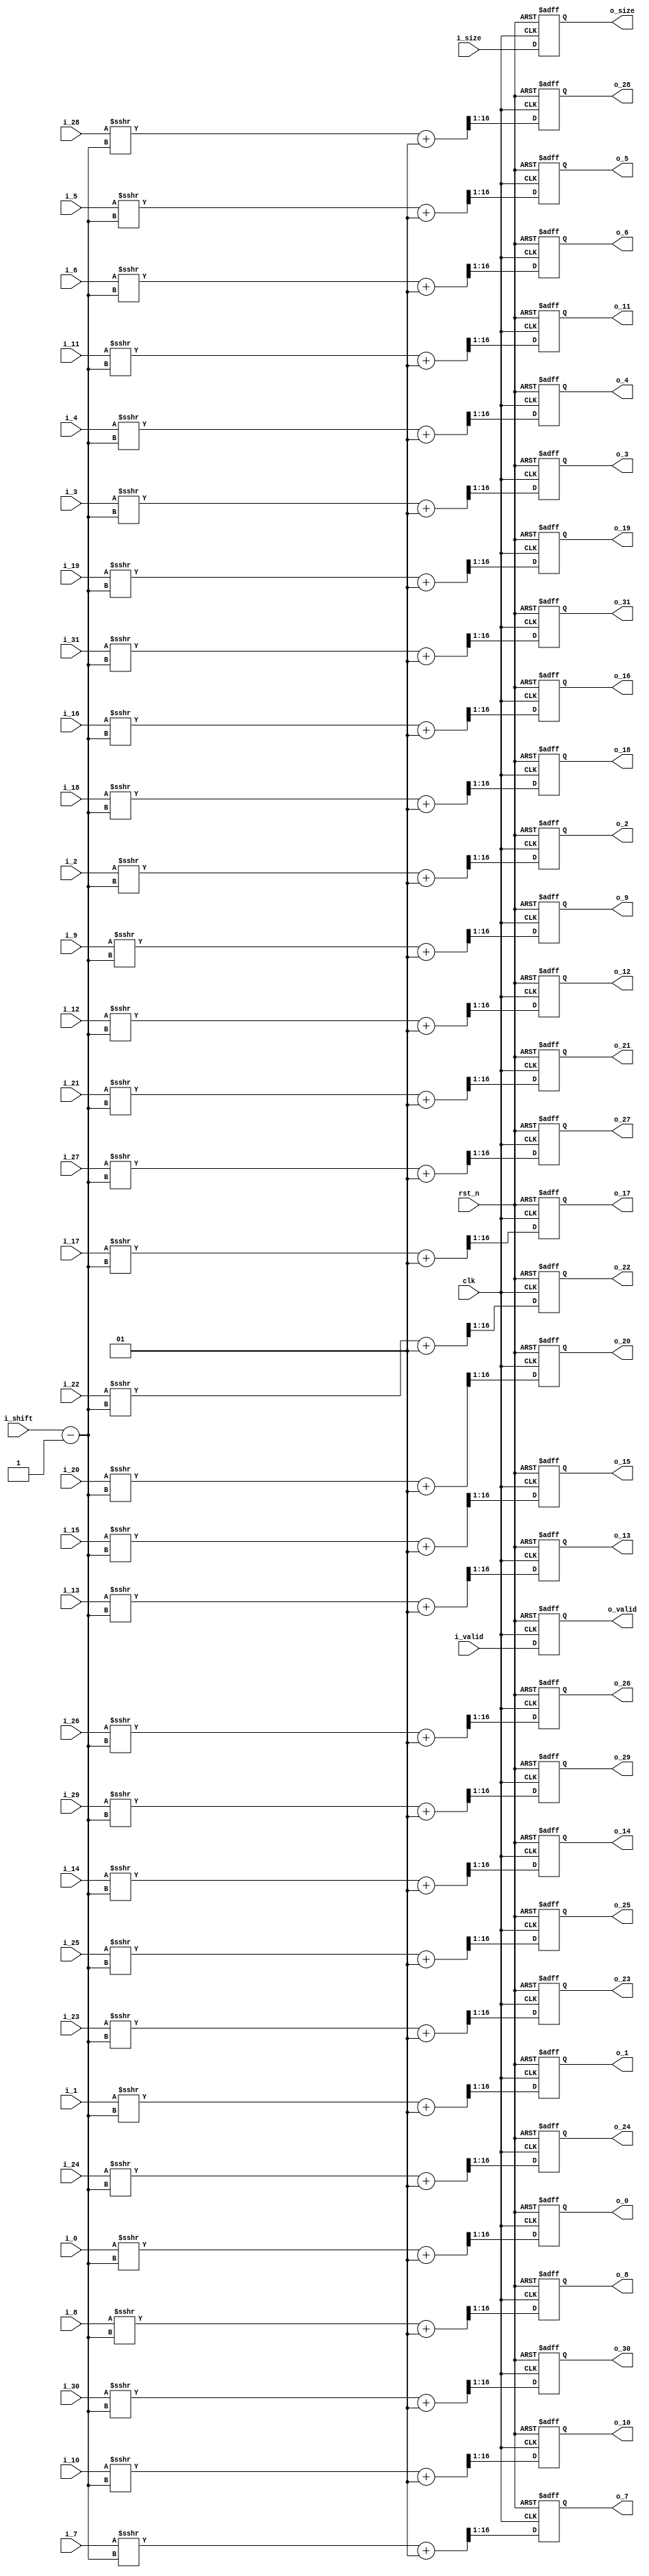
//describe  : 16
//input     : 32,
//output    : 32
//delay     : 1 clk
module right_shift#(
    parameter IN_WIDTH  = 28,
    parameter OUT_WIDTH = 16
)
(
//system input
    input                                   clk     ,
    input                                   rst_n   ,
//input parameter
    input               [3 : 0]             i_shift ,
    input               [2 : 0]             i_size  ,
//input pre_coeff
    input                                   i_valid ,
    input       signed  [IN_WIDTH - 1 : 0]  i_0     ,
    input       signed  [IN_WIDTH - 1 : 0]  i_1     ,
    input       signed  [IN_WIDTH - 1 : 0]  i_2     ,
    input       signed  [IN_WIDTH - 1 : 0]  i_3     ,
    input       signed  [IN_WIDTH - 1 : 0]  i_4     ,
    input       signed  [IN_WIDTH - 1 : 0]  i_5     ,
    input       signed  [IN_WIDTH - 1 : 0]  i_6     ,
    input       signed  [IN_WIDTH - 1 : 0]  i_7     ,
    input       signed  [IN_WIDTH - 1 : 0]  i_8     ,
    input       signed  [IN_WIDTH - 1 : 0]  i_9     ,
    input       signed  [IN_WIDTH - 1 : 0]  i_10    ,
    input       signed  [IN_WIDTH - 1 : 0]  i_11    ,
    input       signed  [IN_WIDTH - 1 : 0]  i_12    ,
    input       signed  [IN_WIDTH - 1 : 0]  i_13    ,
    input       signed  [IN_WIDTH - 1 : 0]  i_14    ,
    input       signed  [IN_WIDTH - 1 : 0]  i_15    ,
    input       signed  [IN_WIDTH - 1 : 0]  i_16    ,
    input       signed  [IN_WIDTH - 1 : 0]  i_17    ,
    input       signed  [IN_WIDTH - 1 : 0]  i_18    ,
    input       signed  [IN_WIDTH - 1 : 0]  i_19    ,
    input       signed  [IN_WIDTH - 1 : 0]  i_20    ,
    input       signed  [IN_WIDTH - 1 : 0]  i_21    ,
    input       signed  [IN_WIDTH - 1 : 0]  i_22    ,
    input       signed  [IN_WIDTH - 1 : 0]  i_23    ,
    input       signed  [IN_WIDTH - 1 : 0]  i_24    ,
    input       signed  [IN_WIDTH - 1 : 0]  i_25    ,
    input       signed  [IN_WIDTH - 1 : 0]  i_26    ,
    input       signed  [IN_WIDTH - 1 : 0]  i_27    ,
    input       signed  [IN_WIDTH - 1 : 0]  i_28    ,
    input       signed  [IN_WIDTH - 1 : 0]  i_29    ,
    input       signed  [IN_WIDTH - 1 : 0]  i_30    ,
    input       signed  [IN_WIDTH - 1 : 0]  i_31    ,
//output parameter
    output reg          [2 : 0]             o_size  ,
//output coeff
    output reg                              o_valid ,
    output reg  signed  [OUT_WIDTH - 1 : 0] o_0     ,
    output reg  signed  [OUT_WIDTH - 1 : 0] o_1     ,
    output reg  signed  [OUT_WIDTH - 1 : 0] o_2     ,
    output reg  signed  [OUT_WIDTH - 1 : 0] o_3     ,
    output reg  signed  [OUT_WIDTH - 1 : 0] o_4     ,
    output reg  signed  [OUT_WIDTH - 1 : 0] o_5     ,
    output reg  signed  [OUT_WIDTH - 1 : 0] o_6     ,
    output reg  signed  [OUT_WIDTH - 1 : 0] o_7     ,
    output reg  signed  [OUT_WIDTH - 1 : 0] o_8     ,
    output reg  signed  [OUT_WIDTH - 1 : 0] o_9     ,
    output reg  signed  [OUT_WIDTH - 1 : 0] o_10    ,
    output reg  signed  [OUT_WIDTH - 1 : 0] o_11    ,
    output reg  signed  [OUT_WIDTH - 1 : 0] o_12    ,
    output reg  signed  [OUT_WIDTH - 1 : 0] o_13    ,
    output reg  signed  [OUT_WIDTH - 1 : 0] o_14    ,
    output reg  signed  [OUT_WIDTH - 1 : 0] o_15    ,
    output reg  signed  [OUT_WIDTH - 1 : 0] o_16    ,
    output reg  signed  [OUT_WIDTH - 1 : 0] o_17    ,
    output reg  signed  [OUT_WIDTH - 1 : 0] o_18    ,
    output reg  signed  [OUT_WIDTH - 1 : 0] o_19    ,
    output reg  signed  [OUT_WIDTH - 1 : 0] o_20    ,
    output reg  signed  [OUT_WIDTH - 1 : 0] o_21    ,
    output reg  signed  [OUT_WIDTH - 1 : 0] o_22    ,
    output reg  signed  [OUT_WIDTH - 1 : 0] o_23    ,
    output reg  signed  [OUT_WIDTH - 1 : 0] o_24    ,
    output reg  signed  [OUT_WIDTH - 1 : 0] o_25    ,
    output reg  signed  [OUT_WIDTH - 1 : 0] o_26    ,
    output reg  signed  [OUT_WIDTH - 1 : 0] o_27    ,
    output reg  signed  [OUT_WIDTH - 1 : 0] o_28    ,
    output reg  signed  [OUT_WIDTH - 1 : 0] o_29    ,
    output reg  signed  [OUT_WIDTH - 1 : 0] o_30    ,
    output reg  signed  [OUT_WIDTH - 1 : 0] o_31    
);

//(shift-1)
    wire [3 : 0] shift1 = i_shift - 1;
    wire signed [OUT_WIDTH : 0] temp_0  = i_0  >>> shift1;
    wire signed [OUT_WIDTH : 0] temp_1  = i_1  >>> shift1;
    wire signed [OUT_WIDTH : 0] temp_2  = i_2  >>> shift1;
    wire signed [OUT_WIDTH : 0] temp_3  = i_3  >>> shift1;
    wire signed [OUT_WIDTH : 0] temp_4  = i_4  >>> shift1;
    wire signed [OUT_WIDTH : 0] temp_5  = i_5  >>> shift1;
    wire signed [OUT_WIDTH : 0] temp_6  = i_6  >>> shift1;
    wire signed [OUT_WIDTH : 0] temp_7  = i_7  >>> shift1;
    wire signed [OUT_WIDTH : 0] temp_8  = i_8  >>> shift1;
    wire signed [OUT_WIDTH : 0] temp_9  = i_9  >>> shift1;
    wire signed [OUT_WIDTH : 0] temp_10 = i_10 >>> shift1;
    wire signed [OUT_WIDTH : 0] temp_11 = i_11 >>> shift1;
    wire signed [OUT_WIDTH : 0] temp_12 = i_12 >>> shift1;
    wire signed [OUT_WIDTH : 0] temp_13 = i_13 >>> shift1;
    wire signed [OUT_WIDTH : 0] temp_14 = i_14 >>> shift1;
    wire signed [OUT_WIDTH : 0] temp_15 = i_15 >>> shift1;
    wire signed [OUT_WIDTH : 0] temp_16 = i_16 >>> shift1;
    wire signed [OUT_WIDTH : 0] temp_17 = i_17 >>> shift1;
    wire signed [OUT_WIDTH : 0] temp_18 = i_18 >>> shift1;
    wire signed [OUT_WIDTH : 0] temp_19 = i_19 >>> shift1;
    wire signed [OUT_WIDTH : 0] temp_20 = i_20 >>> shift1;
    wire signed [OUT_WIDTH : 0] temp_21 = i_21 >>> shift1;
    wire signed [OUT_WIDTH : 0] temp_22 = i_22 >>> shift1;
    wire signed [OUT_WIDTH : 0] temp_23 = i_23 >>> shift1;
    wire signed [OUT_WIDTH : 0] temp_24 = i_24 >>> shift1;
    wire signed [OUT_WIDTH : 0] temp_25 = i_25 >>> shift1;
    wire signed [OUT_WIDTH : 0] temp_26 = i_26 >>> shift1;
    wire signed [OUT_WIDTH : 0] temp_27 = i_27 >>> shift1;
    wire signed [OUT_WIDTH : 0] temp_28 = i_28 >>> shift1;
    wire signed [OUT_WIDTH : 0] temp_29 = i_29 >>> shift1;
    wire signed [OUT_WIDTH : 0] temp_30 = i_30 >>> shift1;
    wire signed [OUT_WIDTH : 0] temp_31 = i_31 >>> shift1;

//1
always @(posedge clk or negedge rst_n) begin
    if (!rst_n) begin
        o_valid <= 0;
        o_size  <= 0;
        o_0     <= 0;
        o_1     <= 0;
        o_2     <= 0;
        o_3     <= 0;
        o_4     <= 0;
        o_5     <= 0;
        o_6     <= 0;
        o_7     <= 0;
        o_8     <= 0;
        o_9     <= 0;
        o_10    <= 0;
        o_11    <= 0;
        o_12    <= 0;
        o_13    <= 0;
        o_14    <= 0;
        o_15    <= 0;
        o_16    <= 0;
        o_17    <= 0;
        o_18    <= 0;
        o_19    <= 0;
        o_20    <= 0;
        o_21    <= 0;
        o_22    <= 0;
        o_23    <= 0;
        o_24    <= 0;
        o_25    <= 0;
        o_26    <= 0;
        o_27    <= 0;
        o_28    <= 0;
        o_29    <= 0;
        o_30    <= 0;
        o_31    <= 0;
    end
    else begin
        o_valid <= i_valid;
        o_size  <= i_size;
        o_0     <= (temp_0  + 1) >>> 1;
        o_1     <= (temp_1  + 1) >>> 1;
        o_2     <= (temp_2  + 1) >>> 1;
        o_3     <= (temp_3  + 1) >>> 1;
        o_4     <= (temp_4  + 1) >>> 1;
        o_5     <= (temp_5  + 1) >>> 1;
        o_6     <= (temp_6  + 1) >>> 1;
        o_7     <= (temp_7  + 1) >>> 1;
        o_8     <= (temp_8  + 1) >>> 1;
        o_9     <= (temp_9  + 1) >>> 1;
        o_10    <= (temp_10 + 1) >>> 1;
        o_11    <= (temp_11 + 1) >>> 1;
        o_12    <= (temp_12 + 1) >>> 1;
        o_13    <= (temp_13 + 1) >>> 1;
        o_14    <= (temp_14 + 1) >>> 1;
        o_15    <= (temp_15 + 1) >>> 1;
        o_16    <= (temp_16 + 1) >>> 1;
        o_17    <= (temp_17 + 1) >>> 1;
        o_18    <= (temp_18 + 1) >>> 1;
        o_19    <= (temp_19 + 1) >>> 1;
        o_20    <= (temp_20 + 1) >>> 1;
        o_21    <= (temp_21 + 1) >>> 1;
        o_22    <= (temp_22 + 1) >>> 1;
        o_23    <= (temp_23 + 1) >>> 1;
        o_24    <= (temp_24 + 1) >>> 1;
        o_25    <= (temp_25 + 1) >>> 1;
        o_26    <= (temp_26 + 1) >>> 1;
        o_27    <= (temp_27 + 1) >>> 1;
        o_28    <= (temp_28 + 1) >>> 1;
        o_29    <= (temp_29 + 1) >>> 1;
        o_30    <= (temp_30 + 1) >>> 1;
        o_31    <= (temp_31 + 1) >>> 1;
    end
end

endmodule